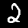
Label: 2